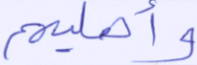
وأهليهم